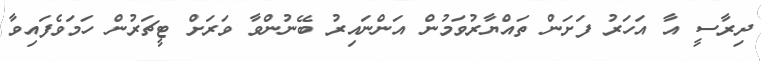
ދިރާސީ އާ އަހަރު ފަށަން ތައްޔާރުވަމުން އަންނައިރު ބޭނުންވާ ވަރަށް ޓީޗަރުން ހަމަވެފައިވާ